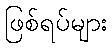
ဖြစ်ရပ်များ